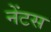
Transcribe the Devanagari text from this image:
नेंटस